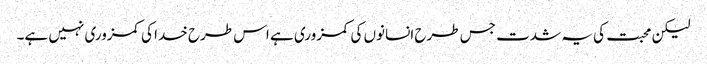
لیکن محبت کی یہ شدت جس طرح انسانوں کی کمزوری ہے اس طرح خدا کی کمزوری نہیں ہے۔